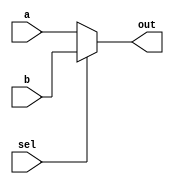
module top_module( 
    input a, b, sel,
    output out ); 

    //sel=0 --> a, sel=1 --> b
    assign out = sel ? b : a;
    
endmodule